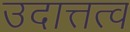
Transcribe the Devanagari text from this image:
उदात्तत्व